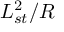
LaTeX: L _ { s t } ^ { 2 } / R